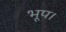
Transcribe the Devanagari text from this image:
भूप।